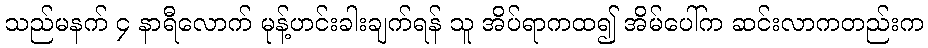
သည်မနက် ၄ နာရီလောက် မုန့်ဟင်းခါးချက်ရန် သူ အိပ်ရာကထ၍ အိမ်ပေါ်က ဆင်းလာကတည်းက